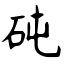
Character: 砘